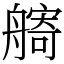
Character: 𦪌